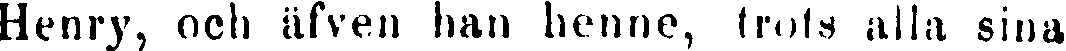
Henry, och äfven han henne, trots alla sina